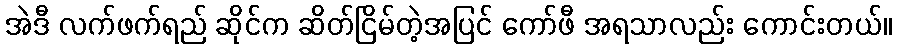
အဲဒီ လက်ဖက်ရည် ဆိုင်က ဆိတ်ငြိမ်တဲ့အပြင် ကော်ဖီ အရသာလည်း ကောင်းတယ်။